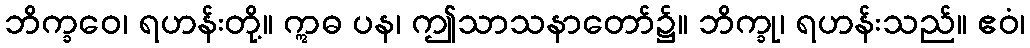
ဘိက္ခဝေ၊ ရဟန်းတို့။ ဣဓ ပန၊ ဤသာသနာတော်၌။ ဘိက္ခု၊ ရဟန်းသည်။ ဧဝံ၊